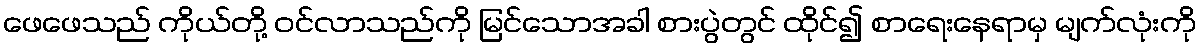
ဖေဖေသည် ကိုယ်တို့ ဝင်လာသည်ကို မြင်သောအခါ စားပွဲတွင် ထိုင်၍ စာရေးနေရာမှ မျက်လုံးကို